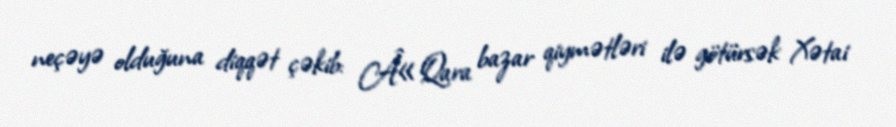
neçəyə olduğuna diqqət çəkib: Â«Qara bazar qiymətləri ilə götürsək Xətai